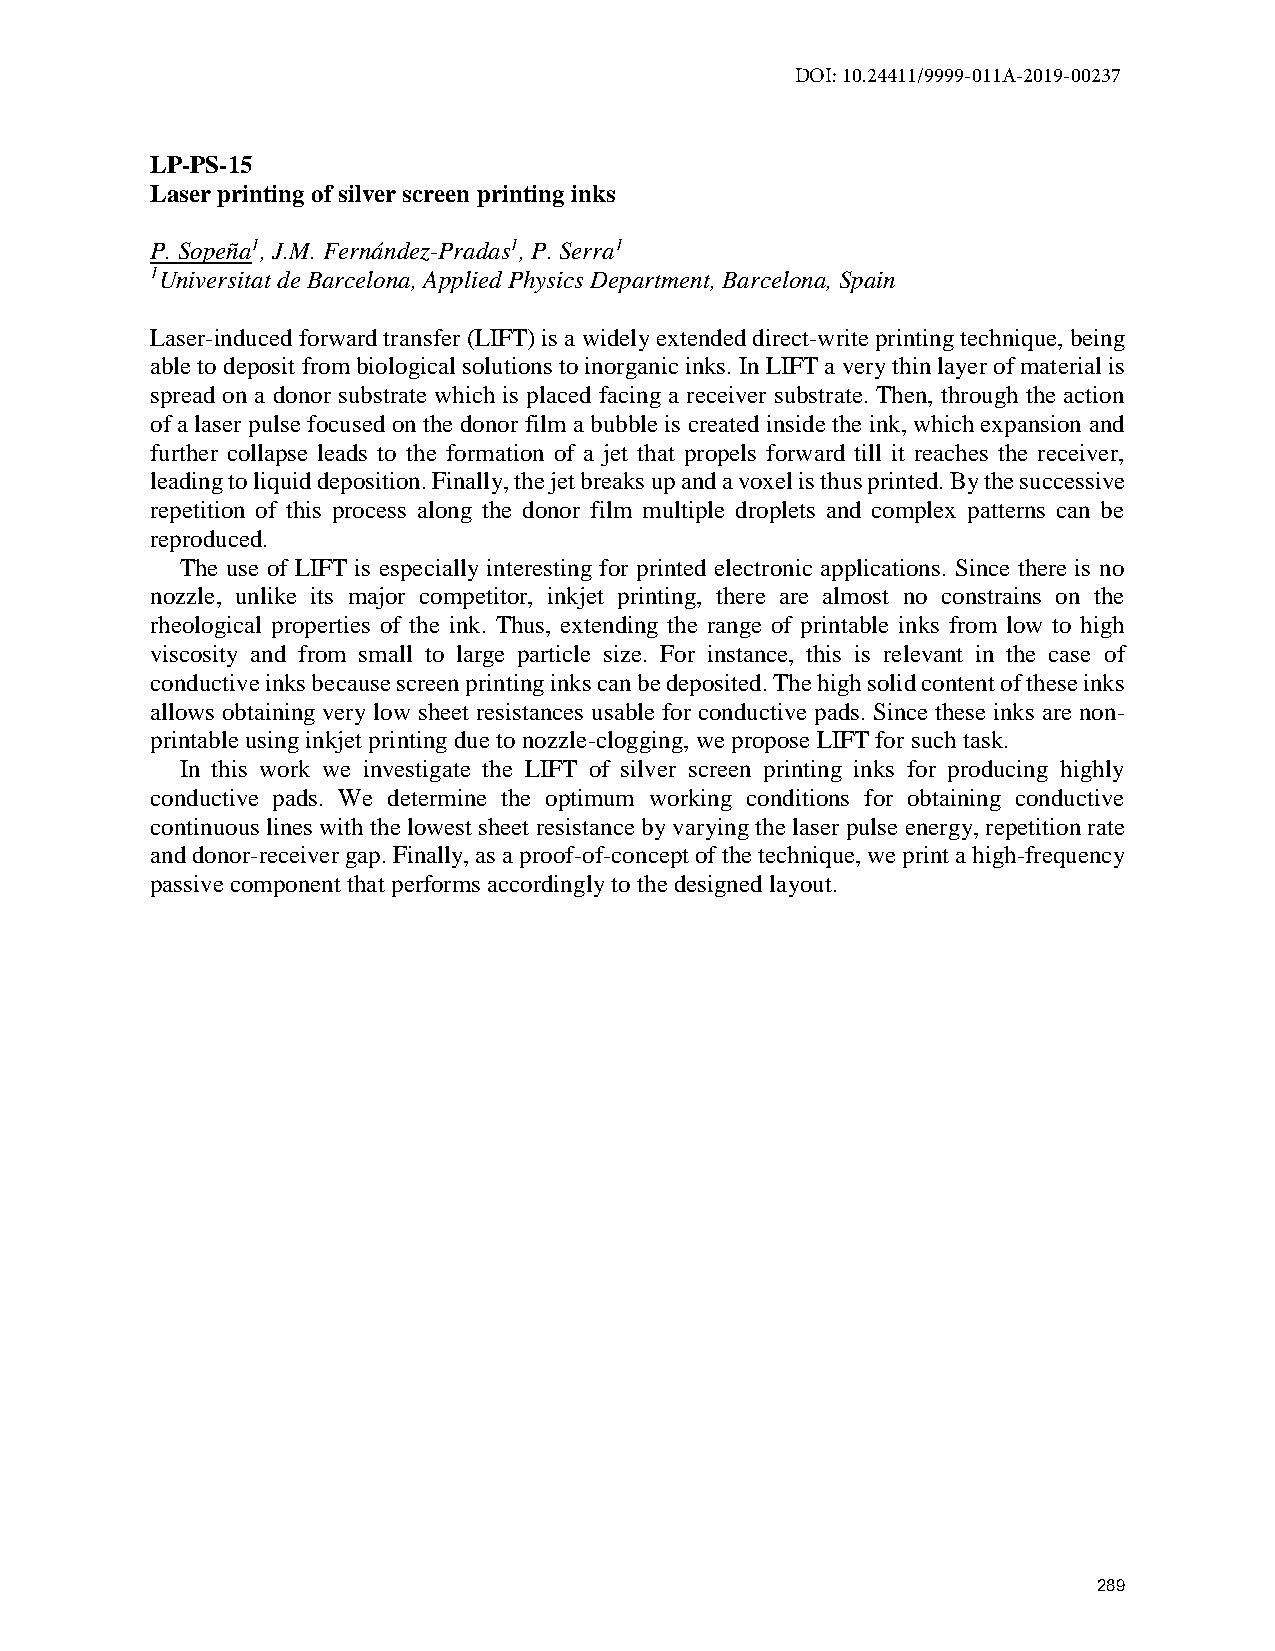
DOI: 10.24411/9999-011A-2019-00237
 LP-PS-15
 Laser printing of silver screen printing inks
 P. Sopeña1, J.M. Fernández-Pradas1, P. Serra1
 1Universitat de Barcelona, Applied Physics Department, Barcelona, Spain
 Laser-induced forward transfer (LIFT) is a widely extended direct-write printing technique, being
 able to deposit from biological solutions to inorganic inks. In LIFT a very thin layer of material is
 spread on a donor substrate which is placed facing a receiver substrate. Then, through the action
 of a laser pulse focused on the donor film a bubble is created inside the ink, which expansion and
 further collapse leads to the formation of a jet that propels forward till it reaches the receiver,
 leading to liquid deposition. Finally, the jet breaks up and a voxel is thus printed. By the successive
 repetition of this process along the donor film multiple droplets and complex patterns can be
 reproduced.
 The use of LIFT is especially interesting for printed electronic applications. Since there is no
 nozzle, unlike its major competitor, inkjet printing, there are almost no constrains on the
 rheological properties of the ink. Thus, extending the range of printable inks from low to high
 viscosity and from small to large particle size. For instance, this is relevant in the case of
 conductive inks because screen printing inks can be deposited. The high solid content of these inks
 allows obtaining very low sheet resistances usable for conductive pads. Since these inks are non-
 printable using inkjet printing due to nozzle-clogging, we propose LIFT for such task.
 In this work we investigate the LIFT of silver screen printing inks for producing highly
 conductive pads. We determine the optimum working conditions for obtaining conductive
 continuous lines with the lowest sheet resistance by varying the laser pulse energy, repetition rate
 and donor-receiver gap. Finally, as a proof-of-concept of the technique, we print a high-frequency
 passive component that performs accordingly to the designed layout.
 289